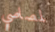
لمصاصي